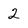
Character: 2